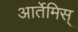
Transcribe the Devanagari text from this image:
आर्तेमिस्